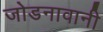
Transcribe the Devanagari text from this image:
जोडनावानी